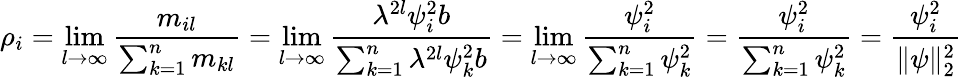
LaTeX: \rho_{i}=\operatorname*{lim}_{l\rightarrow\infty}{\frac{m_{il}}{\sum_{k=1}^{n}m_{kl}}}=\operatorname*{lim}_{l\rightarrow\infty}{\frac{\lambda^{2l}\psi_{i}^{2}b}{\sum_{k=1}^{n}\lambda^{2l}\psi_{k}^{2}b}}=\operatorname*{lim}_{l\rightarrow\infty}{\frac{\psi_{i}^{2}}{\sum_{k=1}^{n}\psi_{k}^{2}}}={\frac{\psi_{i}^{2}}{\sum_{k=1}^{n}\psi_{k}^{2}}}={\frac{\psi_{i}^{2}}{\| \psi\| _{2}^{2}}}